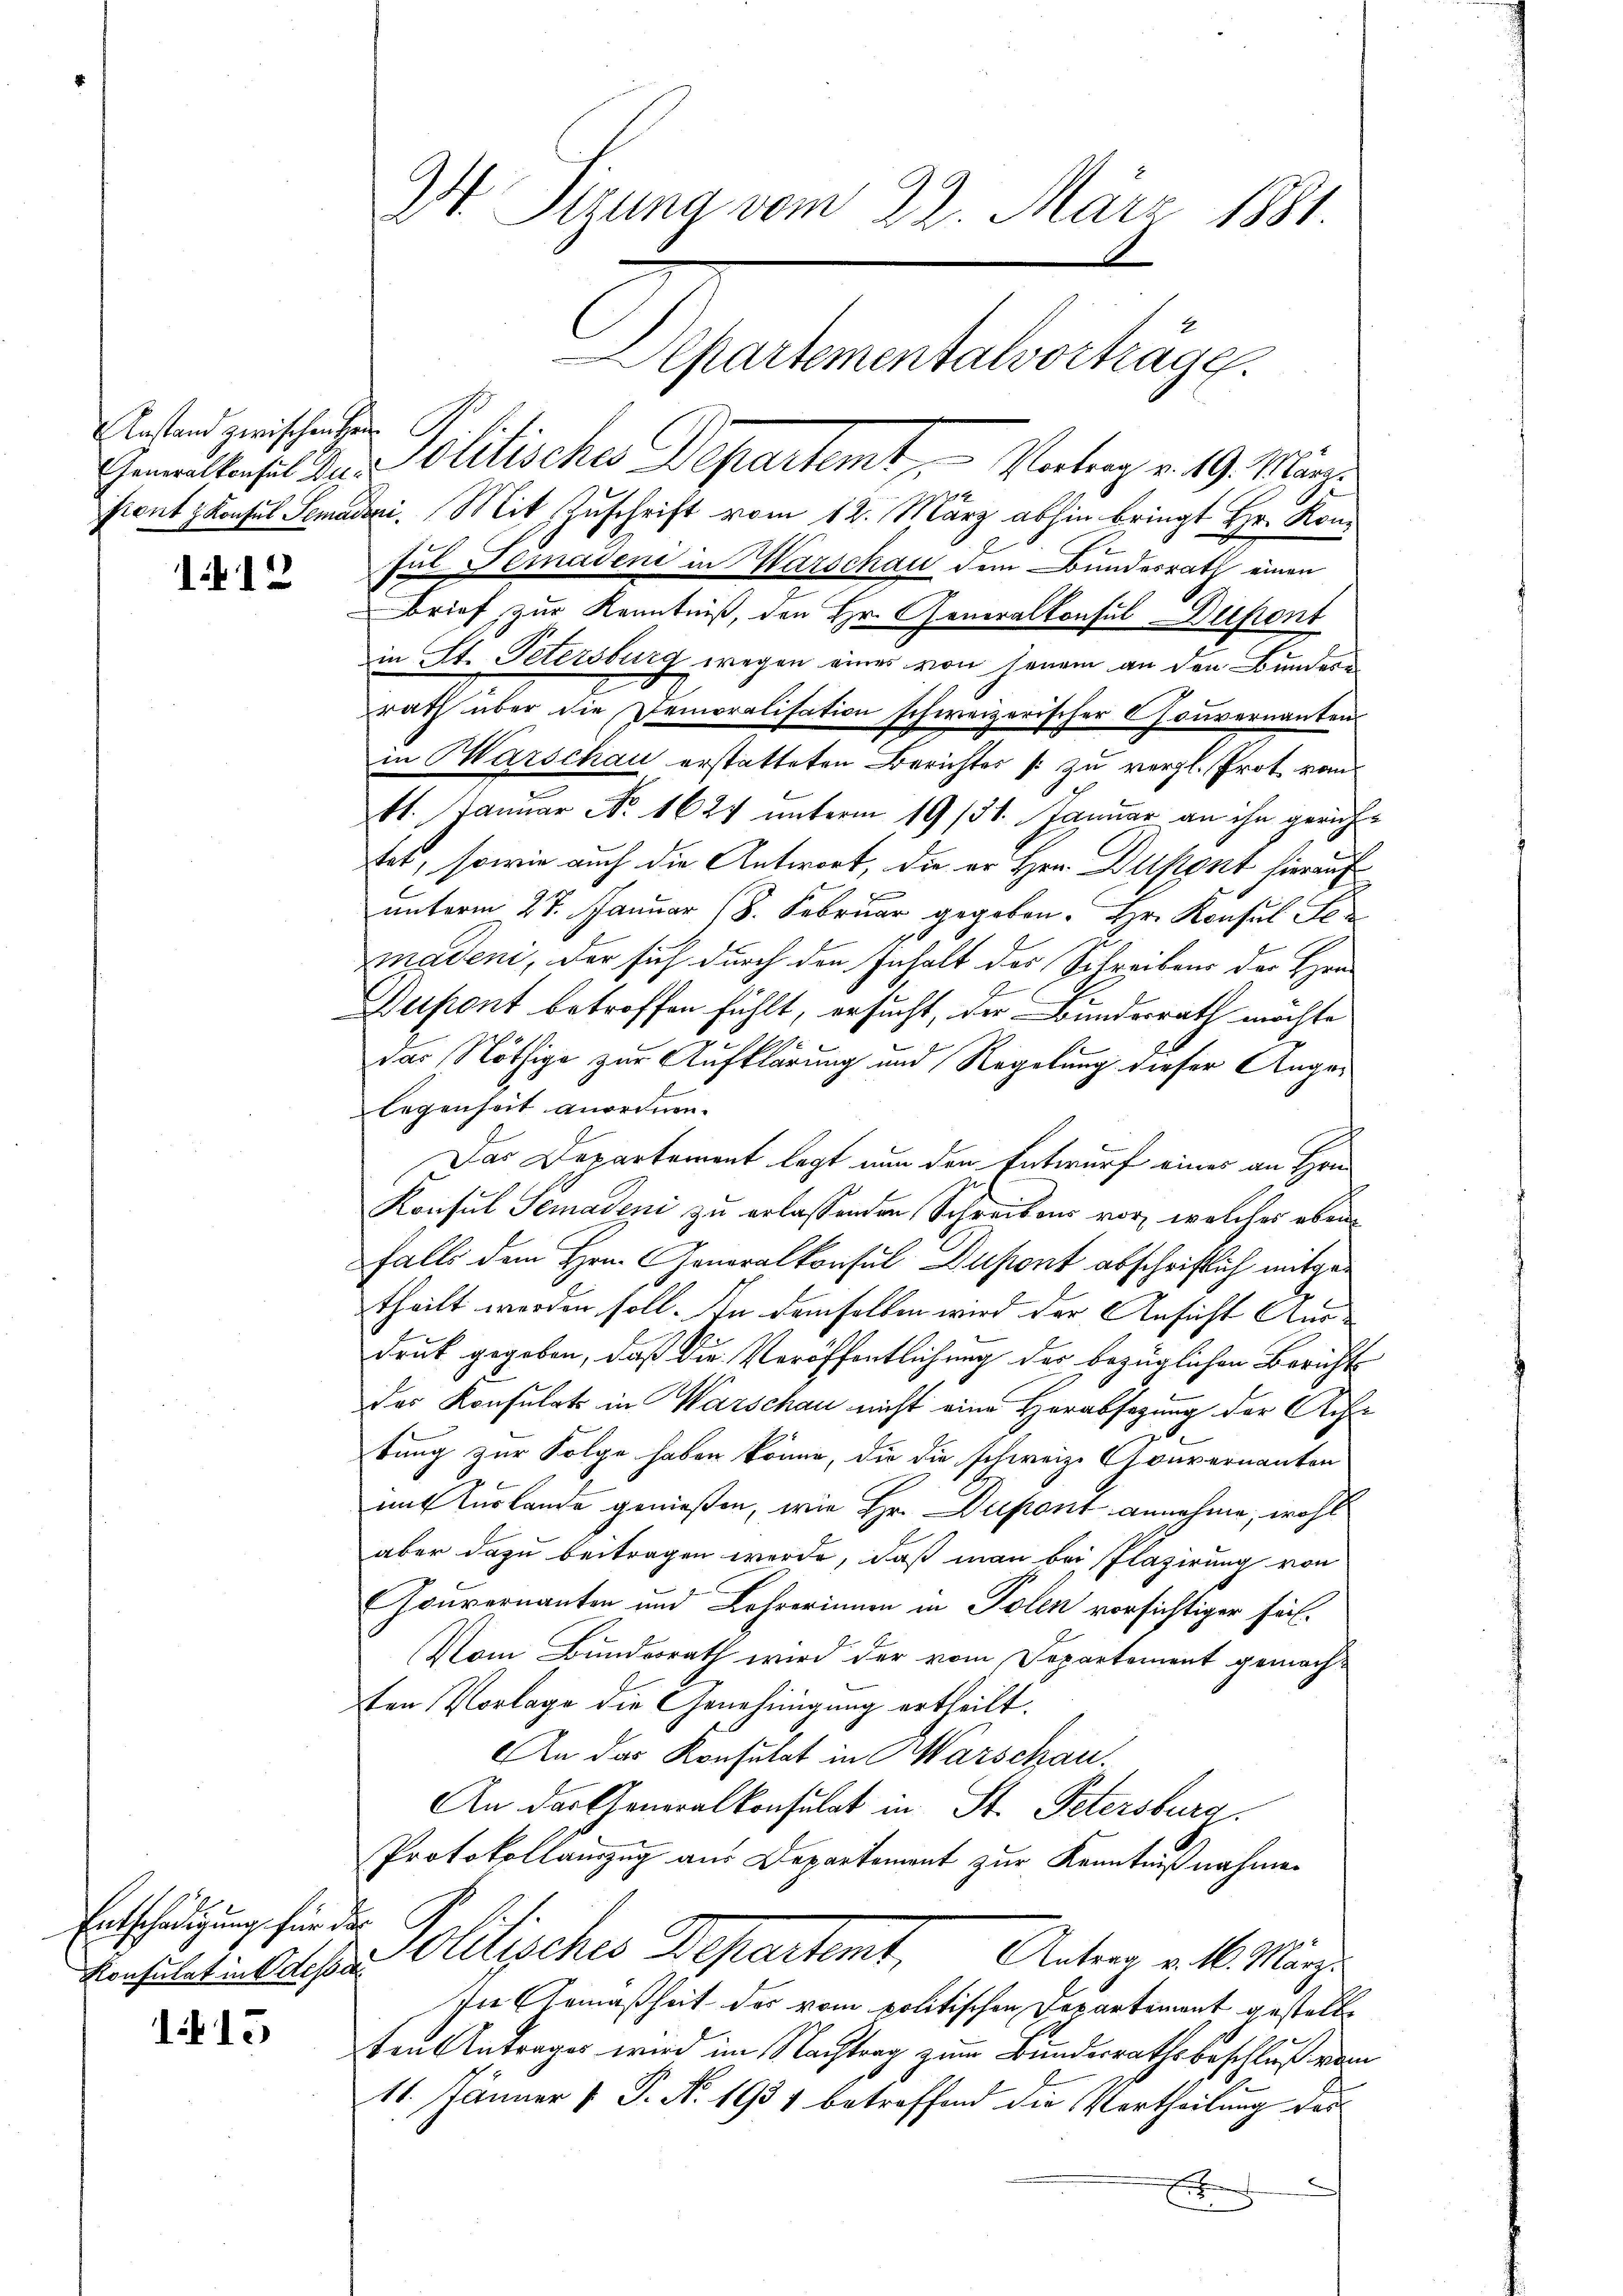
Anstand zwischen Hei

12

Entschädigung für das
Konsulat in dessel

115

Mt. Sigung vom 22. März 1881.
Departementalvortrage

Gemaltafel in Politisches Departemt, - Vortrag v. 19. März
2
fiant Konsul Semaden. Mit Zuschrift vom 12. März abhin bringt Hr. Kon¬
Jul Gemadene in Warschau dem Bundesrath einen
Brief zur Kenntniß, den Hr. Generalkonsul Dupont
in St. Petersburg wegen eines von jenem an den Bundere
rath über die Demoralisation schweizerischer Couvernanten
in Marschau erstatteten Berichtes s zu vergl. Prot vom
11. Januar No. 1624 unterm 19/31. Januar an ihn gerichtet, sowie auch die Antwort, die er Hrn. Distant hierauf
J
unterm 27. Januar 18. Februar gegeben. Hr. Konsul Fer
madeni, der sich durch den Inhalt des Schreibens der Han
Dupont betroffen fühlt, ersucht, der Bunderrath möchte
das Nöthige zur Aufklärung und Regelung dieser Angelegenheit anordnen.
Das Departement legt nun den Entwurf eines an Hrn.
Konsul Semadeni zu erlassenden Schreibens vor, welches eben
falls dem Hrn. Generalkonsul Dupont abschriftlich mitgetheilt werden soll. An demselben wird der Ansicht Aus-
druk gegeben, daß die Veröffentlichung der bezüglichen Bericht
des Konsulats in Warschau nicht eine Herabsagung der Achtung zur Folge haben könne, die die schweiz. Gouvernanten
iit Auslande genießen, wie Hr. Dupont annehme, wohl
aber dazu beitragen werde, daß man bei Plazirung von
Gouvernanten und Lehrerinnen in Polen vorsichtiger sei.
Vom Bundesrath wird der vom Departement gemachten Vorlage die Genehmigung ertheilt.
An das Konsulat in Warschau.
An der Generalkonsulat in St. Petersburg
Protokollauszug aus Departement zur Kenntnißnahmen
Pollicher Departet, Arten alt. Mange
In Gemäßheit des vom politischen Departement gestalte
ten Antrages wird im Nachtrag zum Bundesrathsbeschluß vom
11. Jänner 1 P. N. 1934 betreffend die Vertheilung der
E